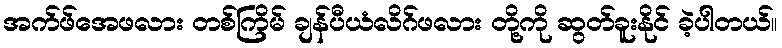
အက်ဖ်အေဖလား တစ်ကြိမ် ချန်ပီယံလိဂ်ဖလား တို့ကို ဆွတ်ခူးနိုင် ခဲ့ပါတယ်။